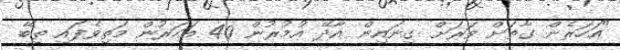
"އަހަރެން ގާތަށް ވަރަށް ގިނައިން އާދޭ އުމުރުން 40 އަހަރުން މަތިވެފައި ތިބޭ